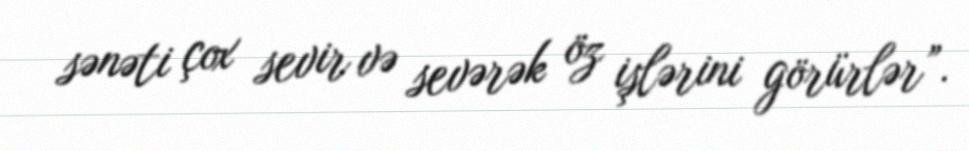
sənəti çox sevir və sevərək öz işlərini görürlər”.